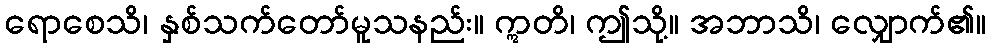
ရောစေသိ၊ နှစ်သက်တော်မူသနည်း။ ဣတိ၊ ဤသို့။ အဘာသိ၊ လျှောက်၏။